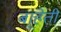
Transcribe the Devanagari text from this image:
बाहेती